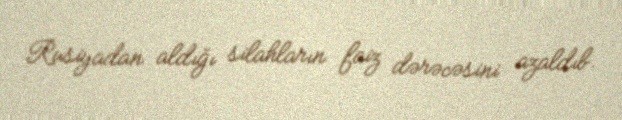
Rusiyadan aldığı silahların faiz dərəcəsini azaldıb.